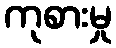
ကုစားမှု